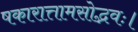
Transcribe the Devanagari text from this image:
षकारात्तामसोद्भवः।